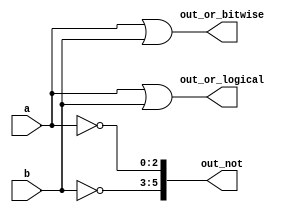
module bitwiseandlogical( 
    input [2:0] a,
    input [2:0] b,
    output [2:0] out_or_bitwise,
    output out_or_logical,
    output [5:0] out_not
);
    assign out_or_bitwise= a|b;
    assign out_or_logical= a||b;
    assign out_not[2:0]= ~a;
    assign out_not[5:3]= ~b;

endmodule